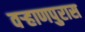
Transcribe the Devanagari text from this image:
वऱ्हाणपुरास